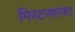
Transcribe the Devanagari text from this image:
मिस्टरशाफ्ट